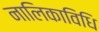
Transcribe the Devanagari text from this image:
नालिकाविधि